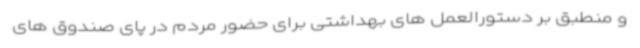
و منطبق بر دستورالعمل های بهداشتی برای حضور مردم در پای صندوق های